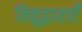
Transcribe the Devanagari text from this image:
विद्युद्वाराएँ